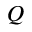
Q